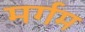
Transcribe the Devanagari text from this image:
मर्गम